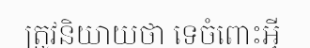
ត្រូវនិយាយថា ទេចំពោះអ្វី